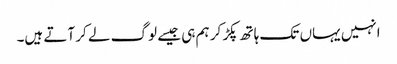
انہیں یہاں تک ہاتھ پکڑ کر ہم ہی جیسے لوگ لے کر آتے ہیں۔